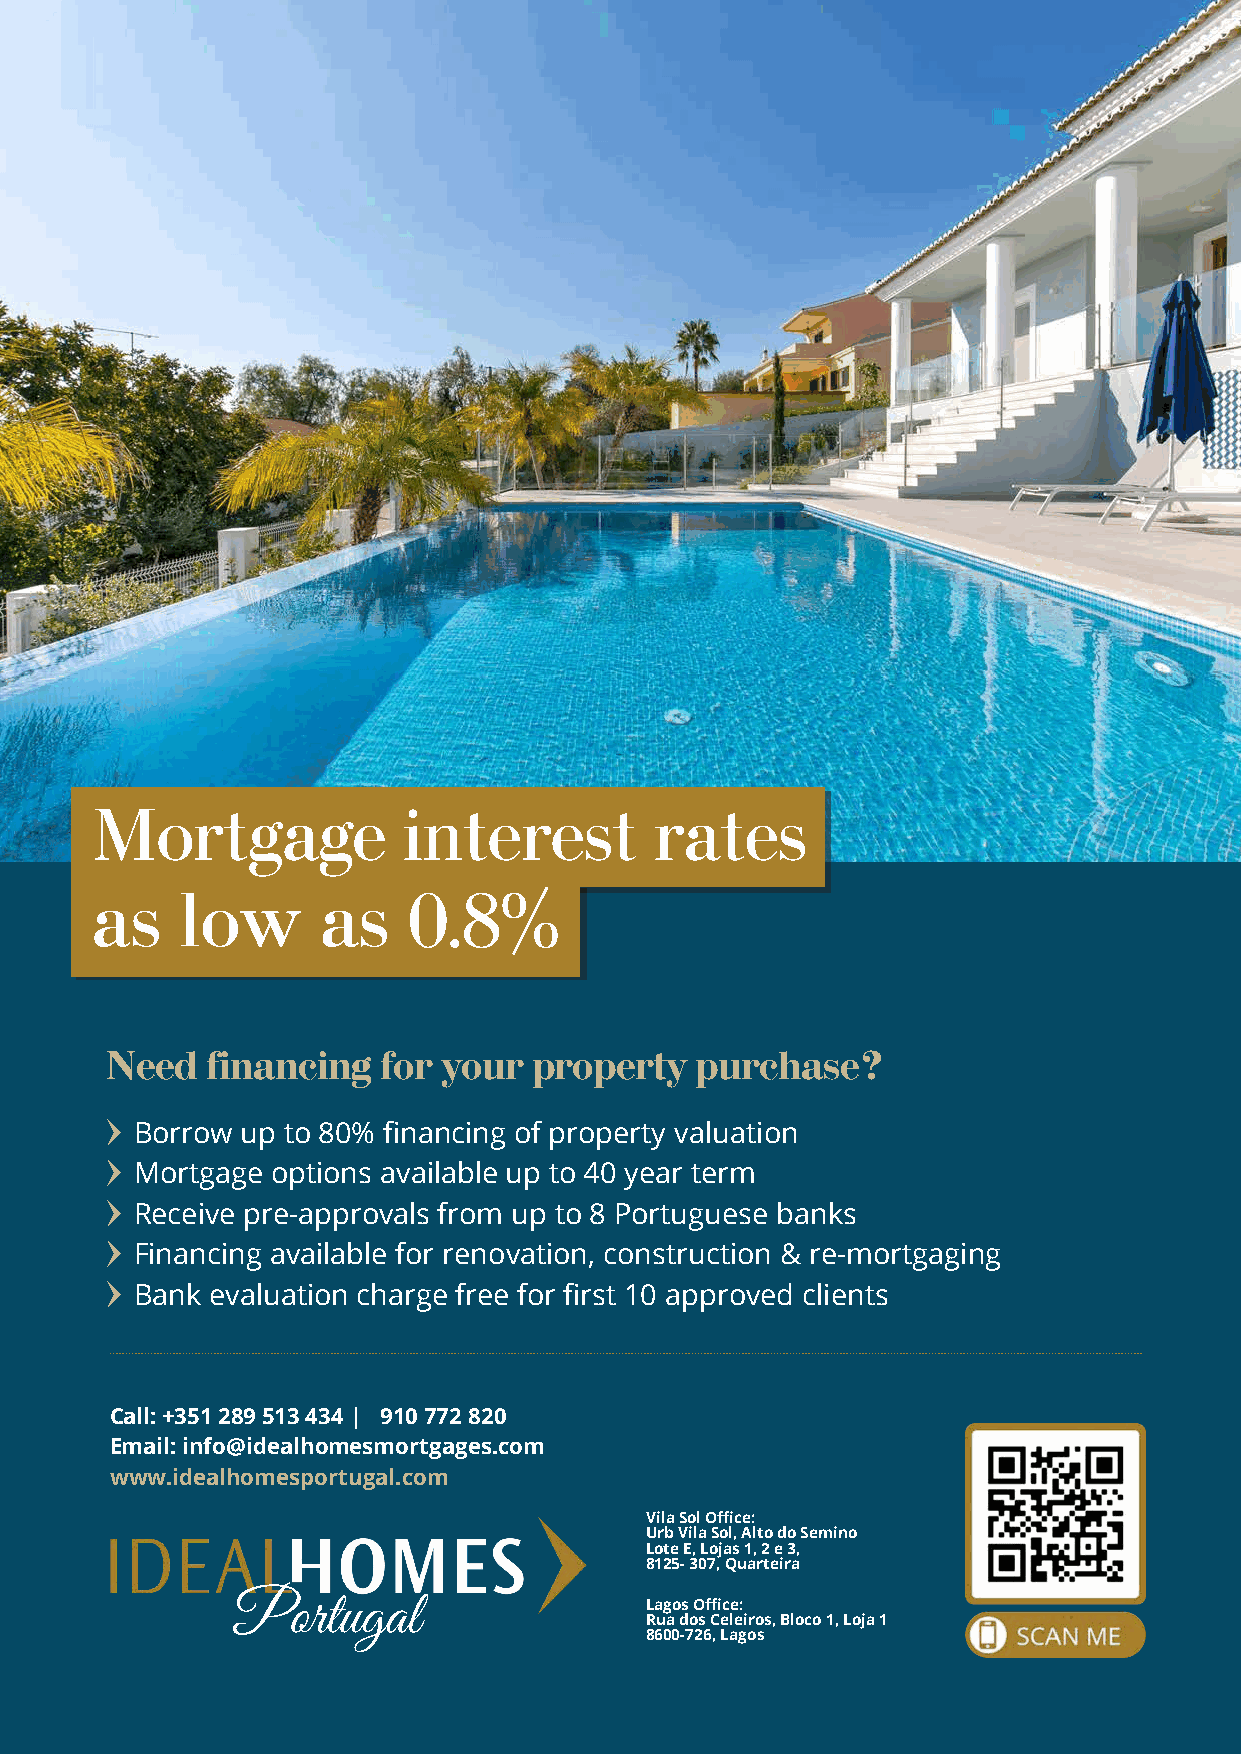
Mortgage             interest        rates
 as    low      as    0.8%
 Need   financing  for your  property   purchase?
 Borrow up to 80% financing of property valuation
 Mortgage options available up to 40 year term
 Receive pre-approvals from up to 8 Portuguese banks
 Financing available for renovation, construction & re-mortgaging
 Bank evaluation charge free for first 10 approved clients
 Call: +351 289 513 434 |� 910 772 820
 Email: info@idealhomesmortgages.com
 www.idealhomesportugal.com
 Vila Sol Office:
 Urb Vila Sol, Alto do Semino
 Lote E, Lojas 1, 2 e 3,
 8125- 307, Quarteira
 Portugal                    Lagos Office:
 Rua dos Celeiros, Bloco 1, Loja 1
 8600-726, Lagos